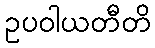
ဥပဝါယတီတိ